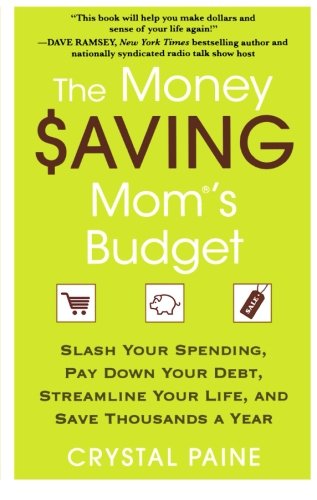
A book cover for The Money Saving Mom's Budget: Slash Your Spending, Pay Down Your Debt, Streamline Your Life, and Save Thousands a Year; Crystal Paine; Business & Money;